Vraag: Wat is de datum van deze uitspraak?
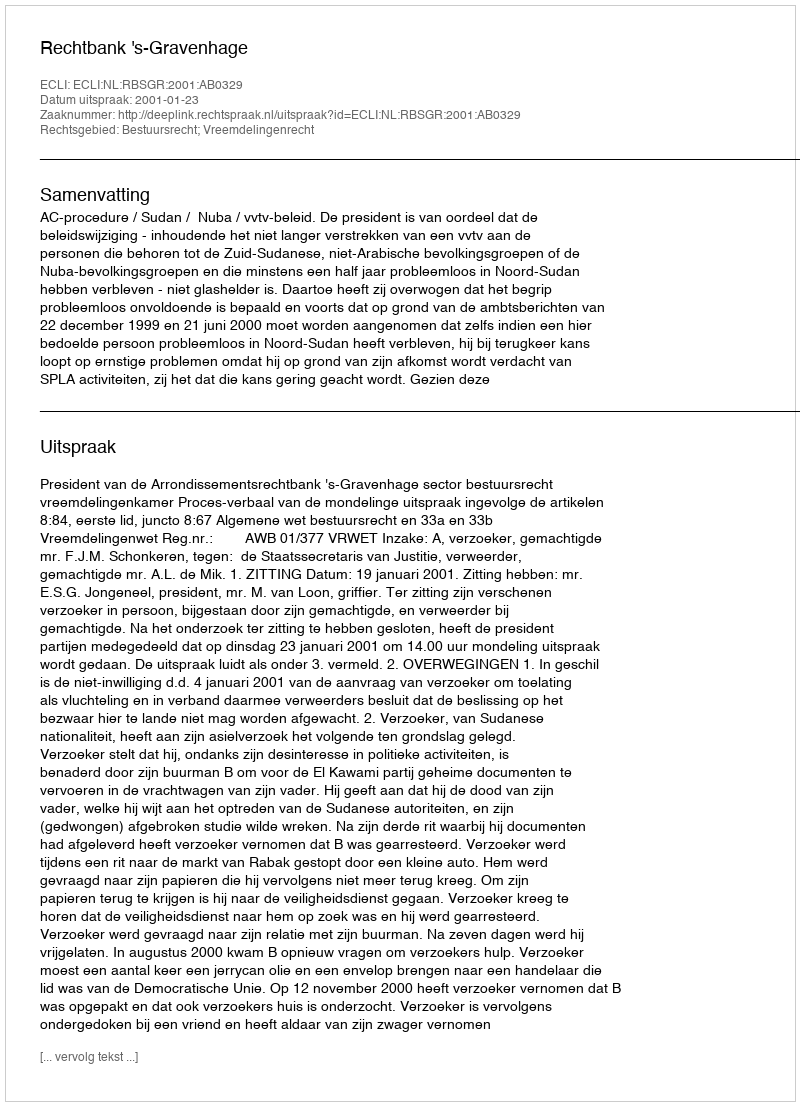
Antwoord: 2001-01-23